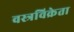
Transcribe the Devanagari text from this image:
वस्त्रविक्रेता